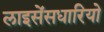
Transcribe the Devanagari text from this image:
लाइसेंसधारियो